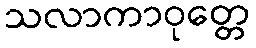
သလာကာဝုတ္တေ